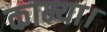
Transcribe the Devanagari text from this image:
काम्या।